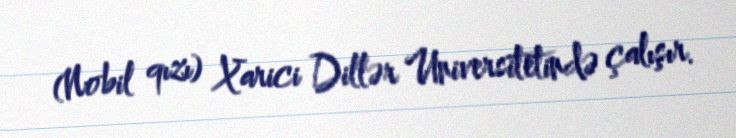
(Nobil qızı) Xarici Dillər Universitetində çalışır.